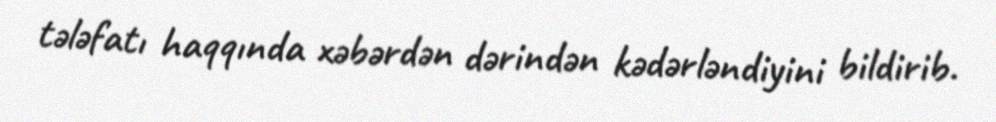
tələfatı haqqında xəbərdən dərindən kədərləndiyini bildirib.